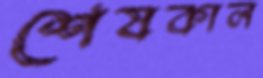
শেষকাল